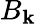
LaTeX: B_{\mathbf{k}}